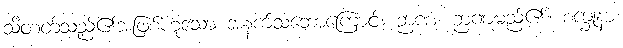
သိတတ်သည်၏အဖြစ်ဟူသော အနက်သဘောကြောင့်။ ဉာဏံ၊ ဉာဏမည်၏။ စက္ခုနာ၊